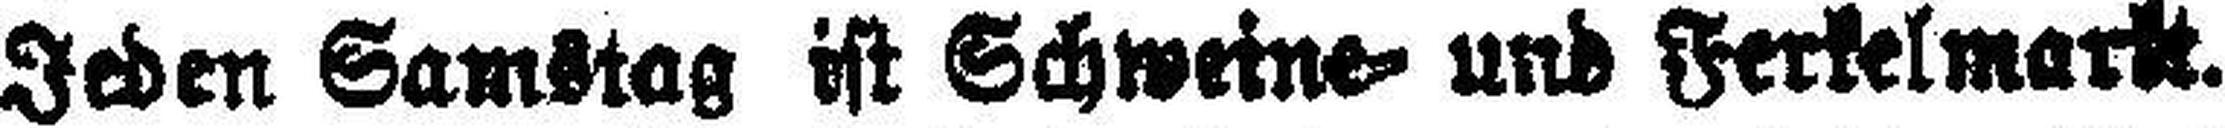
Jeden Samstag ist Schweine= und Ferkelmarkt.